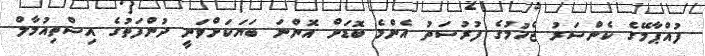
ފުއްޕާމޭގެ ކެންސަރު ޖެހުމުގެ ފުރުސަތު އެންމެ ބޮޑަށް އޮންނަ ބަޔަކަށްވަނީ ދުންފަތުގެ އިސްތިއުމާލް